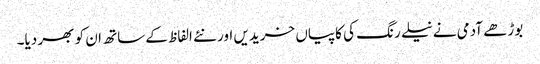
بوڑھے آدمی نے نیلے رنگ کی کاپیاں خریدیں اور نئے الفاظ کے ساتھ ان کو بھر دیا۔